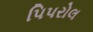
પિપરોલ